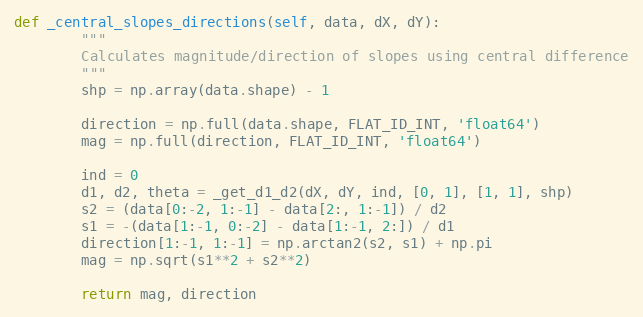
Language: Python
def _central_slopes_directions(self, data, dX, dY):
        """
        Calculates magnitude/direction of slopes using central difference
        """
        shp = np.array(data.shape) - 1

        direction = np.full(data.shape, FLAT_ID_INT, 'float64')
        mag = np.full(direction, FLAT_ID_INT, 'float64')

        ind = 0
        d1, d2, theta = _get_d1_d2(dX, dY, ind, [0, 1], [1, 1], shp)
        s2 = (data[0:-2, 1:-1] - data[2:, 1:-1]) / d2
        s1 = -(data[1:-1, 0:-2] - data[1:-1, 2:]) / d1
        direction[1:-1, 1:-1] = np.arctan2(s2, s1) + np.pi
        mag = np.sqrt(s1**2 + s2**2)

        return mag, direction